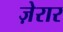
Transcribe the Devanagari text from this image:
ज़ेरार